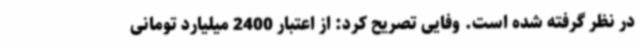
در نظر گرفته شده است. وفایی تصریح کرد: از اعتبار 2400 میلیارد تومانی